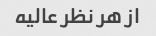
از هر نظر عالیه